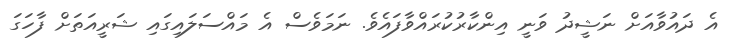
އެ ދައުވާއަށް ނަޝީދު ވަނީ އިންކާރުކުރައްވާފައެވެ. ނަމަވެސް އެ މައްސަލައިގައި ޝަރީއަތަށް ފާހަގަ